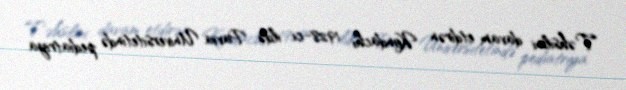
Təhsilini davam etdirən Kondachi 1928-ci ildə Pavia Universitetində pediatriya